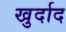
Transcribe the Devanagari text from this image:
खुर्दाद